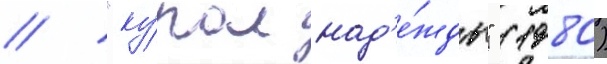
/ "ку́пол над'е́жды" (1980)